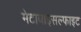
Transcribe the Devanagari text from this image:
मेटाबाइसल्फाइट